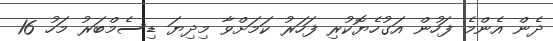
ދެން އެންމެ ފަހުން އަގުހެޔޮކުރި ފަހަރު ކަމަށްވާ މިދިޔަ ޑިސެމްބަރު މަހު 16